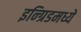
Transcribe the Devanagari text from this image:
इन्ग्रिडमध्ये